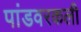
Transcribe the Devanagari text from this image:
पांडवरकली